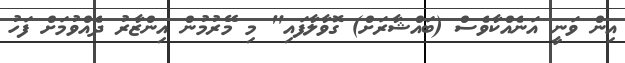
އިން ވަނީ އަނެއްކާވެސް (ބައްޝާރަށް) ގޮވާލާފައި" މި މޭރުމުން އިންޒާރު ދެއްވުމަށް ފަހު